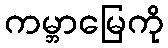
ကမ္ဘာမြေကို